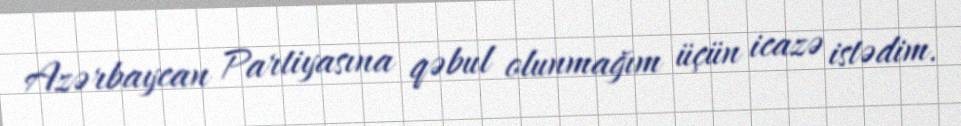
Azərbaycan Partiyasına qəbul olunmağım üçün icazə istədim.